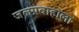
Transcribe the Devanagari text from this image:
जलप्रवाहाला